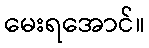
မေးရအောင်။